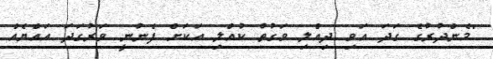
"މެންދުރުގެ ގަދަ އަވި ދިއްލި ވަގުތު ކުއްލި އަކަށް ފެނުނީ ވަރުގަދަ އައްޔެއް